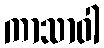
ကာသာဝါ